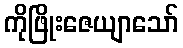
ကိုဖြိုးဇေယျာသော်